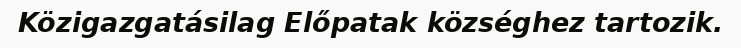
Közigazgatásilag Előpatak községhez tartozik.